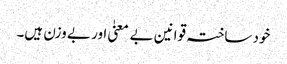
خود ساختہ قوانین بے معنیٰ اور بے وزن ہیں۔